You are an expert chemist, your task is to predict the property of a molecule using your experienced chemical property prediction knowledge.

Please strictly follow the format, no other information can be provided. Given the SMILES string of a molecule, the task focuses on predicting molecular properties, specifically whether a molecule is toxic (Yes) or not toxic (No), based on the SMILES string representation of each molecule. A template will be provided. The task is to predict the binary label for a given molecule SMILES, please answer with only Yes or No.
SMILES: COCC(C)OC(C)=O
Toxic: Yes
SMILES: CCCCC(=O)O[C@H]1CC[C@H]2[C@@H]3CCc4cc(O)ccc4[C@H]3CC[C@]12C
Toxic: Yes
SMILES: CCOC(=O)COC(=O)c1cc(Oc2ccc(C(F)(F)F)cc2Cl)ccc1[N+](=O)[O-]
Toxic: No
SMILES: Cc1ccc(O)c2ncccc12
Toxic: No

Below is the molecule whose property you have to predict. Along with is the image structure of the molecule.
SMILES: CCCCCCCCCCCCCCCC(=O)OC[C@H](COP(=O)([O-])OCC[N+](C)(C)C)OC(=O)CCCCCCCCCCCCCCC
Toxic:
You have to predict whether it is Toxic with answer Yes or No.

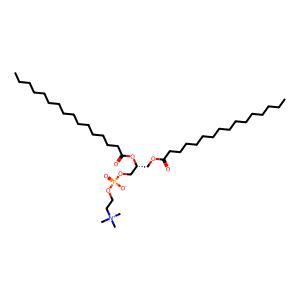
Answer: No